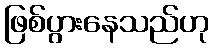
ဖြစ်ပွားနေသည်ဟု